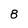
Character: 8